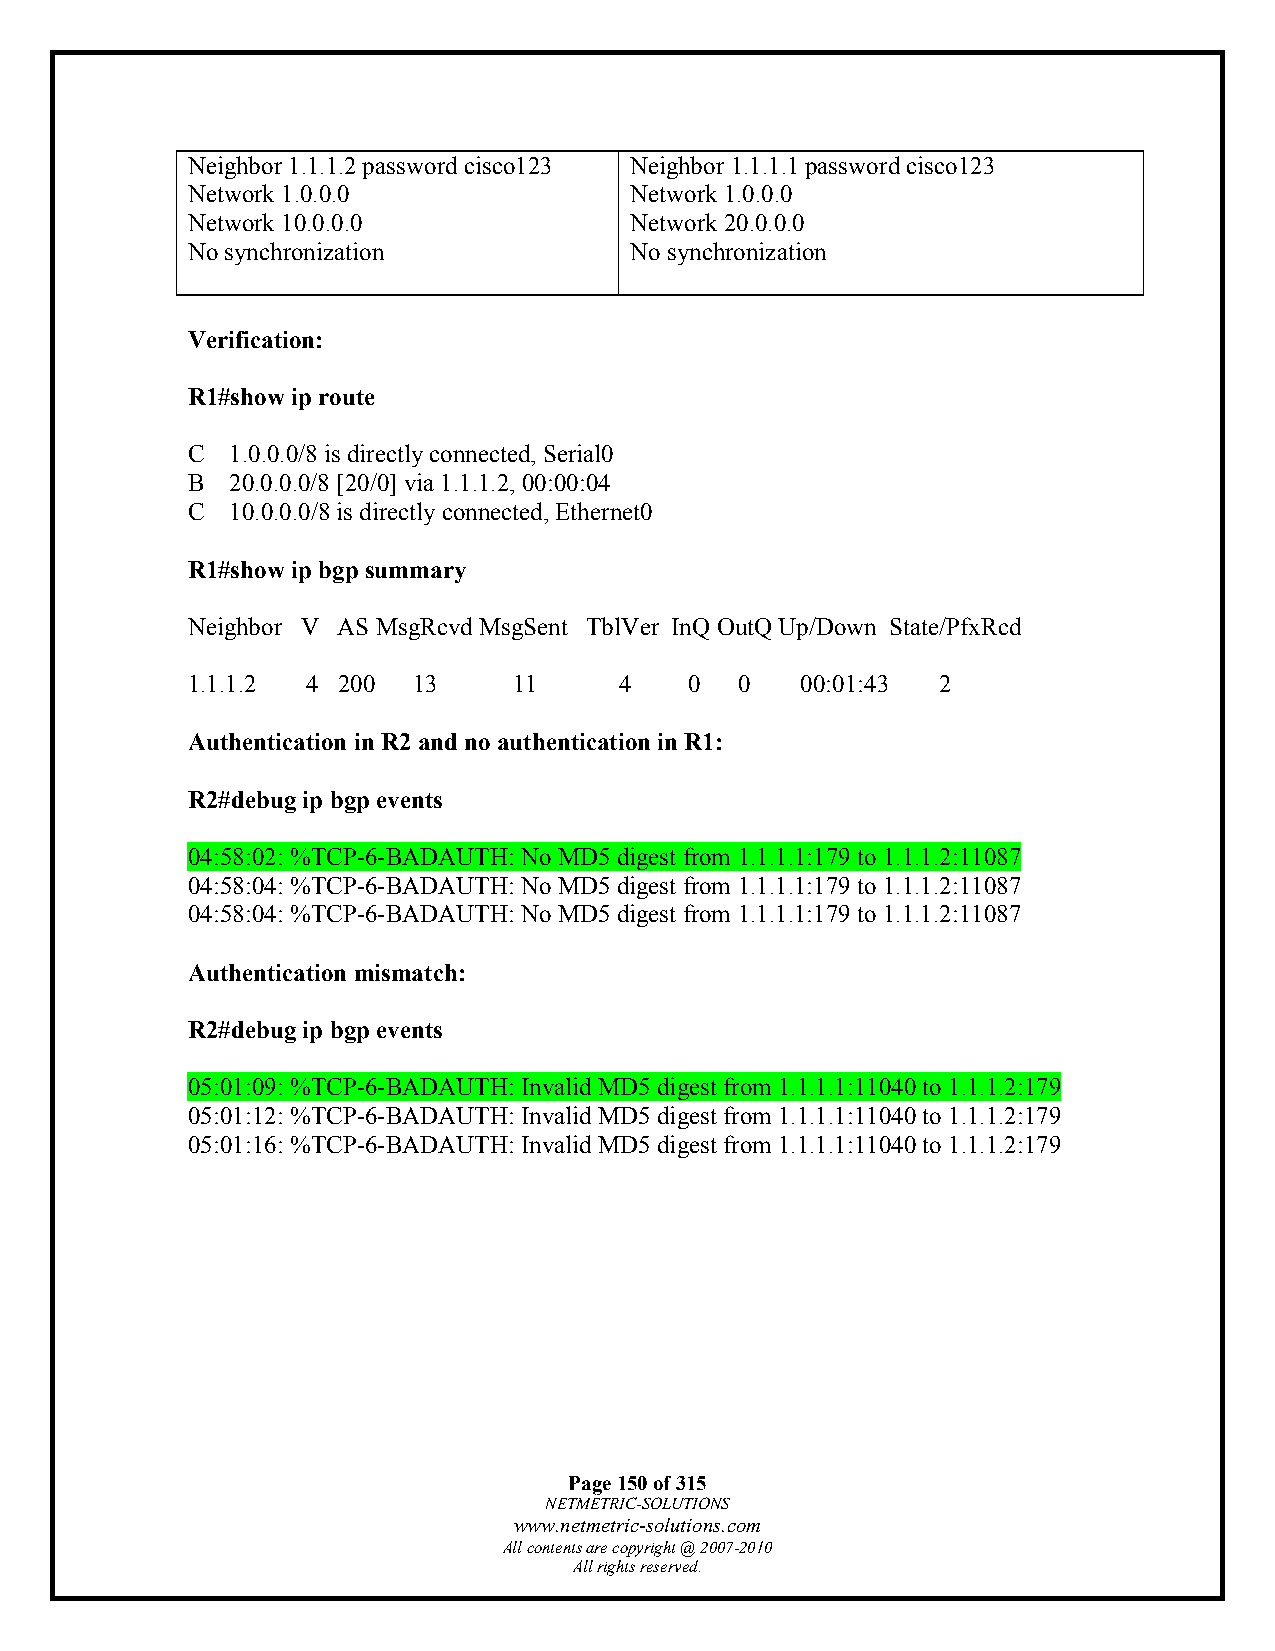
Neighbor 1.1.1.2 password cisco123 Neighbor 1.1.1.1 password cisco123
 Network 1.0.0.0               Network 1.0.0.0
 Network 10.0.0.0              Network 20.0.0.0
 No synchronization            No synchronization
 Verification:
 R1#show ip route
 C  1.0.0.0/8 is directly connected, Serial0
 B  20.0.0.0/8 [20/0] via 1.1.1.2, 00:00:04
 C  10.0.0.0/8 is directly connected, Ethernet0
 R1#show ip bgp summary
 Neighbor V AS MsgRcvd MsgSent TblVer InQ OutQ Up/Down State/PfxRcd
 1.1.1.2 4 200  13     11     4    0  0   00:01:43 2
 Authentication in R2 and no authentication in R1:
 R2#debug ip bgp events
 04:58:02: %TCP-6-BADAUTH: No MD5 digest from 1.1.1.1:179 to 1.1.1.2:11087
 04:58:04: %TCP-6-BADAUTH: No MD5 digest from 1.1.1.1:179 to 1.1.1.2:11087
 04:58:04: %TCP-6-BADAUTH: No MD5 digest from 1.1.1.1:179 to 1.1.1.2:11087
 Authentication mismatch:
 R2#debug ip bgp events
 05:01:09: %TCP-6-BADAUTH: Invalid MD5 digest from 1.1.1.1:11040 to 1.1.1.2:179
 05:01:12: %TCP-6-BADAUTH: Invalid MD5 digest from 1.1.1.1:11040 to 1.1.1.2:179
 05:01:16: %TCP-6-BADAUTH: Invalid MD5 digest from 1.1.1.1:11040 to 1.1.1.2:179
 Page 150 of 315
 NETMETRIC-SOLUTIONS
 www.netmetric-solutions.com
 All contents are copyright @ 2007-2010
 All rights reserved.